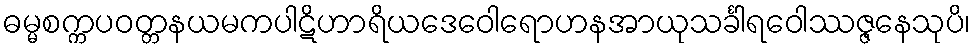
ဓမ္မစက္ကပဝတ္တနယမကပါဋိဟာရိယဒေဝေါရောဟနအာယုသင်္ခါရဝေါဿဇ္ဇနေသုပိ၊